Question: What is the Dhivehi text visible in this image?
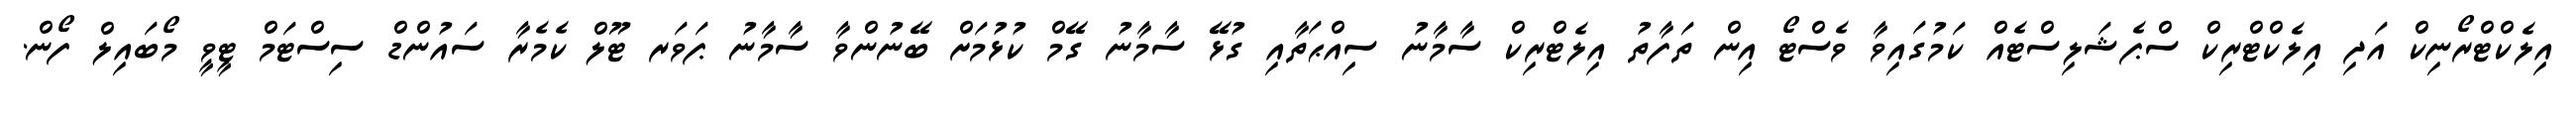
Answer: އިލެކްޓްރޯނިކް އަދި އިލެކްޓްރިކް ސްޕެޝަލިސްޓެއް ކަމުގައިވާ ވެސްޓޯ އިން ތަފާތު އިލެޓްރިކް ސާމާނު ސިއްޙަތާއި ގުޅޭ ސާމާނު ގޭމް ކުޅުމަށް ބޭނުންވާ ސާމާނު ޕަވަރ ޓޫލް ކެމެރާ ސައުންޑް ސިސްޓަމް ޓީވީ މޯބައިލް ފޯން.